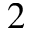
2